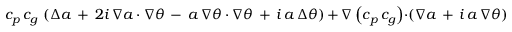
c _ { p } \, c _ { g } \, \left( \Delta a \, + \, 2 i \, \nabla a \cdot \nabla \theta \, - \, a \, \nabla \theta \cdot \nabla \theta \, + \, i \, a \, \Delta \theta \right) \, + \, \nabla \left( c _ { p } \, c _ { g } \right) \cdot \left( \nabla a \, + \, i \, a \, \nabla \theta \right) \, + \, k ^ { 2 } \, c _ { p } \, c _ { g } \, a \, = \, 0 .